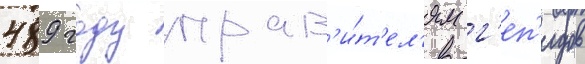
489 году прав'и́т'ел'ям г'еп'идов